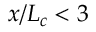
x / L _ { c } < 3